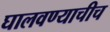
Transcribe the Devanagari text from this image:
घालवण्याचीच